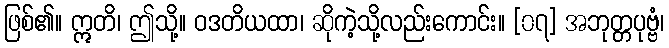
ဖြစ်၏။ ဣတိ၊ ဤသို့။ ဝဒတိယထာ၊ ဆိုကဲ့သို့လည်းကောင်း။ [၀၇] အဘုတ္တပုဗ္ဗံ၊